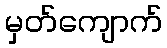
မှတ်ကျောက်